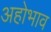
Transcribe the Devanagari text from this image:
अहोभाव